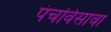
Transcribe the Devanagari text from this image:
पंचविसावा